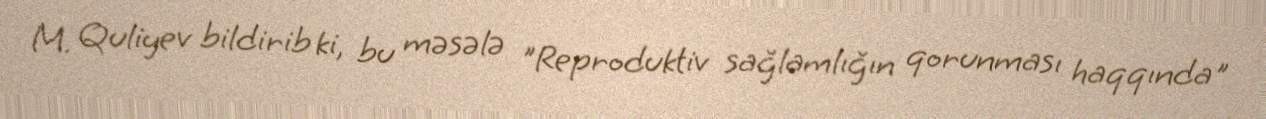
M. Quliyev bildirib ki, bu məsələ "Reproduktiv sağlamlığın qorunması haqqında"